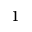
^ 1